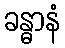
ခန္ဓာနံ